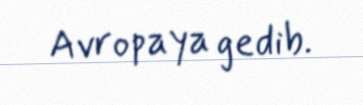
Avropaya gedib.